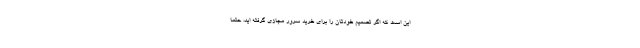
این است که اگر تصمیم خودتان را برای خرید سرور مجازی گرفته اید، حتما